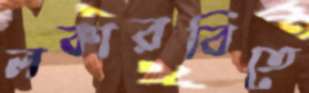
লকারবিতে